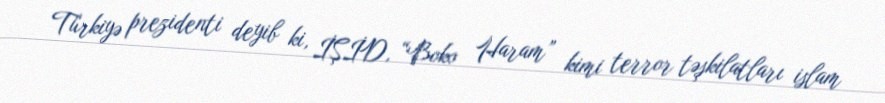
Türkiyə prezidenti deyib ki, İŞİD, “Boko Haram” kimi terror təşkilatları islam